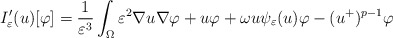
\begin{align*}I_{\varepsilon}'(u)[\varphi]=\frac{1}{\varepsilon^{3}}\int_{\Omega}\varepsilon^{2}\nabla u\nabla\varphi+u\varphi+\omega u\psi_{\varepsilon}(u)\varphi-(u^{+})^{p-1}\varphi\end{align*}